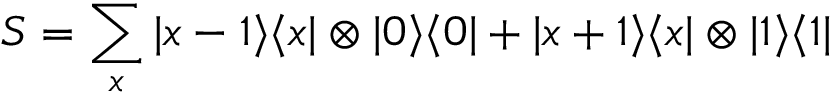
S = \sum _ { x } | x - 1 \rangle \langle x | \otimes | 0 \rangle \langle 0 | + | x + 1 \rangle \langle x | \otimes | 1 \rangle \langle 1 |